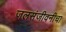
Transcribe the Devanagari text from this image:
जलसंजीवनीचा